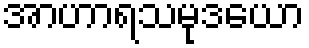
အာဟာရသမုဒယော